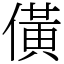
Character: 僙